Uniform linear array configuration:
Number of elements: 12
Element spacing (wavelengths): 0.75
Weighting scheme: kaiser
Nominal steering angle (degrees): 0
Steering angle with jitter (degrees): -1.349
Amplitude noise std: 0.05
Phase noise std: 0.05

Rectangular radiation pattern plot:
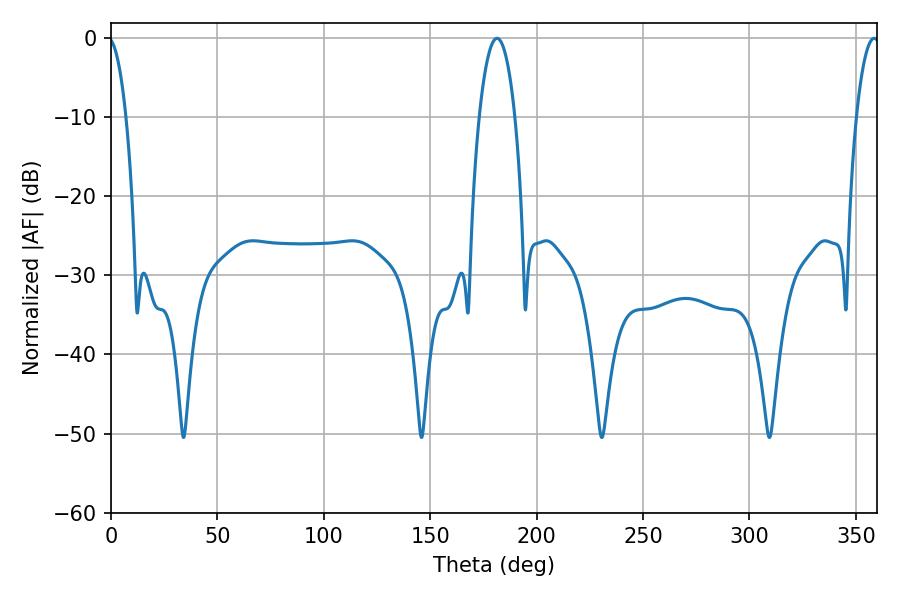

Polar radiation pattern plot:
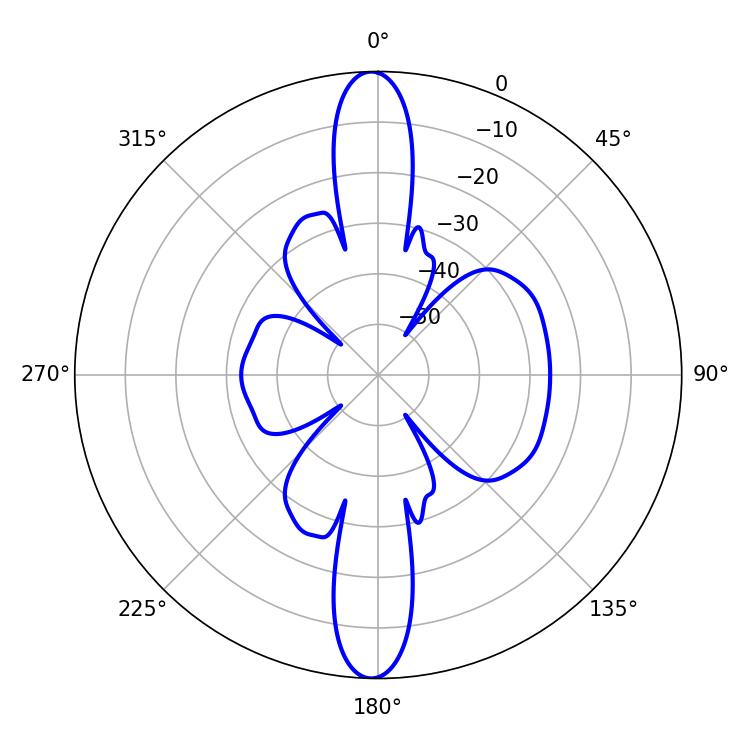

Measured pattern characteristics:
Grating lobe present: TRUE
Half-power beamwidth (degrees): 9.36
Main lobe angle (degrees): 181.44